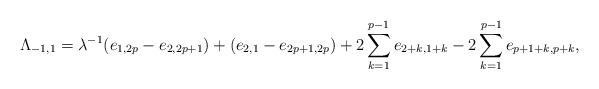
LaTeX: \begin{align*}\Lambda_{-1,1}=\lambda^{-1}(e_{1,2p} -e_{2,2p+1}) +(e_{2,1}-e_{2p+1,2p})+2\sum_{k=1}^{p-1} e_{2+k,1+k} -2\sum_{k=1}^{p-1} e_{p+1+k,p+k},\end{align*}